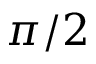
\pi / 2